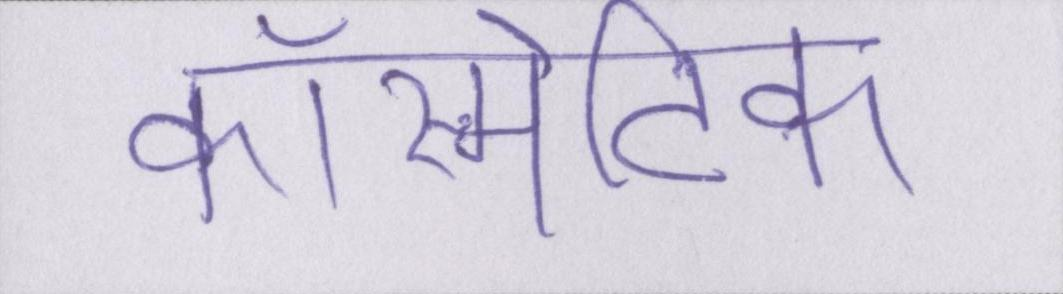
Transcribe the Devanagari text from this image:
कॉस्मेटिक